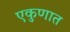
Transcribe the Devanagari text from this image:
एकुणात